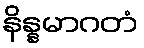
နိန္နမာဂတံ